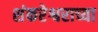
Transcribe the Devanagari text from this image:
शंकरेश्वराच्या